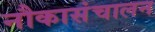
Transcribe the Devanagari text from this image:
नौकासंचालन